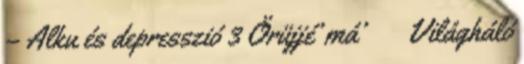
– Alku és depresszió 3 Örüjjé’ má’ → Világháló